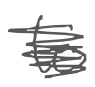
Text: to
Cross-out: scratch
Writing tool: digital_gray